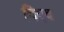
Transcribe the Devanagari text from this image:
दिएद